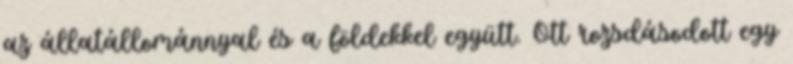
az állatállománnyal és a földekkel együtt. Ott rozsdásodott egy